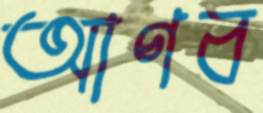
আণব